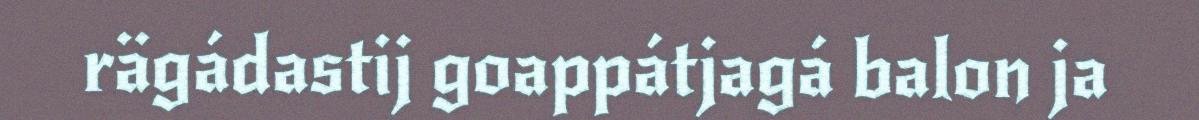
rägádastij goappátjagá balon ja